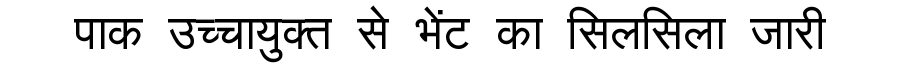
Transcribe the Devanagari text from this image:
पाक उच्चायुक्त से भेंट का सिलसिला जारी